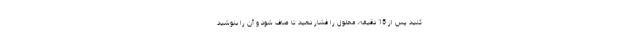
کنید پس از 15 دقیقه، محلول را فشار دهید تا صاف شود و آن را بنوشید